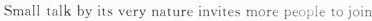
Small talk by its very nature invites more people to join